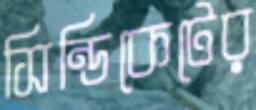
সিন্ডিকেটের